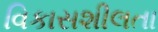
વિકાસશીલતા